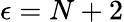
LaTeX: \epsilon=N+2